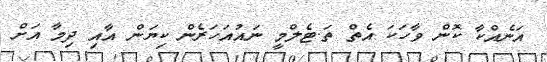
އަނެއްކާ ކޮން ވާހަކަ އެތް ތަ.ޓެލްމީ ނައުއަހަރެން ކިޔަން އާއި ދިމާ އަށް